Indian journal of veterinary science and animal husbandry - Volume 2,
Year: 1932
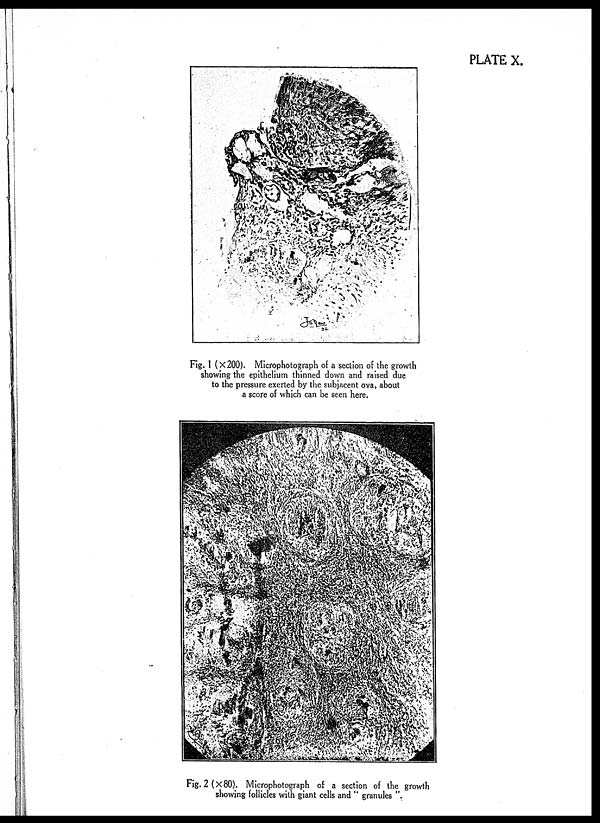
PLATE X.
Fig. 1 (× 200). Microphotograph of a section of the growth
showing the epithelium thinned down and raised due
to the pressure exerted by the subjacent ova, about
a score of which can be seen here.
Fig. 2(× 80). Microphotograph of a section of the growth
showing follicles with giant cells and " granules "